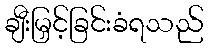
ချီးမြှင့်ခြင်းခံရသည်